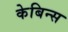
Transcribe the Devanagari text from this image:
केबिन्स